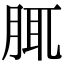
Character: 𦛖